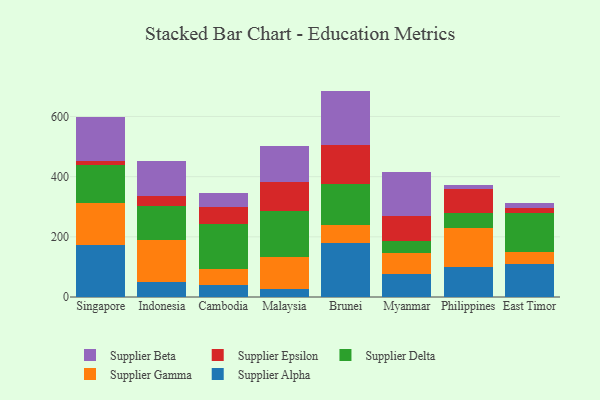
{"axis": {"x": "Country", "y": "Latency (ms)"}, "legend": ["Supplier Alpha", "Supplier Beta", "Supplier Delta", "Supplier Epsilon", "Supplier Gamma"], "data": [{"x": "Singapore", "y": 174.0, "type": "Supplier Alpha"}, {"x": "Singapore", "y": 139.1, "type": "Supplier Gamma"}, {"x": "Singapore", "y": 124.8, "type": "Supplier Delta"}, {"x": "Singapore", "y": 13.0, "type": "Supplier Epsilon"}, {"x": "Singapore", "y": 146.4, "type": "Supplier Beta"}, {"x": "Indonesia", "y": 48.9, "type": "Supplier Alpha"}, {"x": "Indonesia", "y": 141.0, "type": "Supplier Gamma"}, {"x": "Indonesia", "y": 112.1, "type": "Supplier Delta"}, {"x": "Indonesia", "y": 33.8, "type": "Supplier Epsilon"}, {"x": "Indonesia", "y": 115.3, "type": "Supplier Beta"}, {"x": "Cambodia", "y": 39.4, "type": "Supplier Alpha"}, {"x": "Cambodia", "y": 53.5, "type": "Supplier Gamma"}, {"x": "Cambodia", "y": 150.3, "type": "Supplier Delta"}, {"x": "Cambodia", "y": 54.6, "type": "Supplier Epsilon"}, {"x": "Cambodia", "y": 46.4, "type": "Supplier Beta"}, {"x": "Malaysia", "y": 25.7, "type": "Supplier Alpha"}, {"x": "Malaysia", "y": 107.2, "type": "Supplier Gamma"}, {"x": "Malaysia", "y": 153.9, "type": "Supplier Delta"}, {"x": "Malaysia", "y": 97.1, "type": "Supplier Epsilon"}, {"x": "Malaysia", "y": 117.8, "type": "Supplier Beta"}, {"x": "Brunei", "y": 177.9, "type": "Supplier Alpha"}, {"x": "Brunei", "y": 61.3, "type": "Supplier Gamma"}, {"x": "Brunei", "y": 136.2, "type": "Supplier Delta"}, {"x": "Brunei", "y": 130.3, "type": "Supplier Epsilon"}, {"x": "Brunei", "y": 179.5, "type": "Supplier Beta"}, {"x": "Myanmar", "y": 77.3, "type": "Supplier Alpha"}, {"x": "Myanmar", "y": 69.2, "type": "Supplier Gamma"}, {"x": "Myanmar", "y": 39.0, "type": "Supplier Delta"}, {"x": "Myanmar", "y": 82.9, "type": "Supplier Epsilon"}, {"x": "Myanmar", "y": 146.9, "type": "Supplier Beta"}, {"x": "Philippines", "y": 101.3, "type": "Supplier Alpha"}, {"x": "Philippines", "y": 127.9, "type": "Supplier Gamma"}, {"x": "Philippines", "y": 50.5, "type": "Supplier Delta"}, {"x": "Philippines", "y": 80.8, "type": "Supplier Epsilon"}, {"x": "Philippines", "y": 11.4, "type": "Supplier Beta"}, {"x": "East Timor", "y": 110.7, "type": "Supplier Alpha"}, {"x": "East Timor", "y": 38.1, "type": "Supplier Gamma"}, {"x": "East Timor", "y": 130.6, "type": "Supplier Delta"}, {"x": "East Timor", "y": 15.6, "type": "Supplier Epsilon"}, {"x": "East Timor", "y": 15.8, "type": "Supplier Beta"}]}